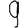
Digit: 9